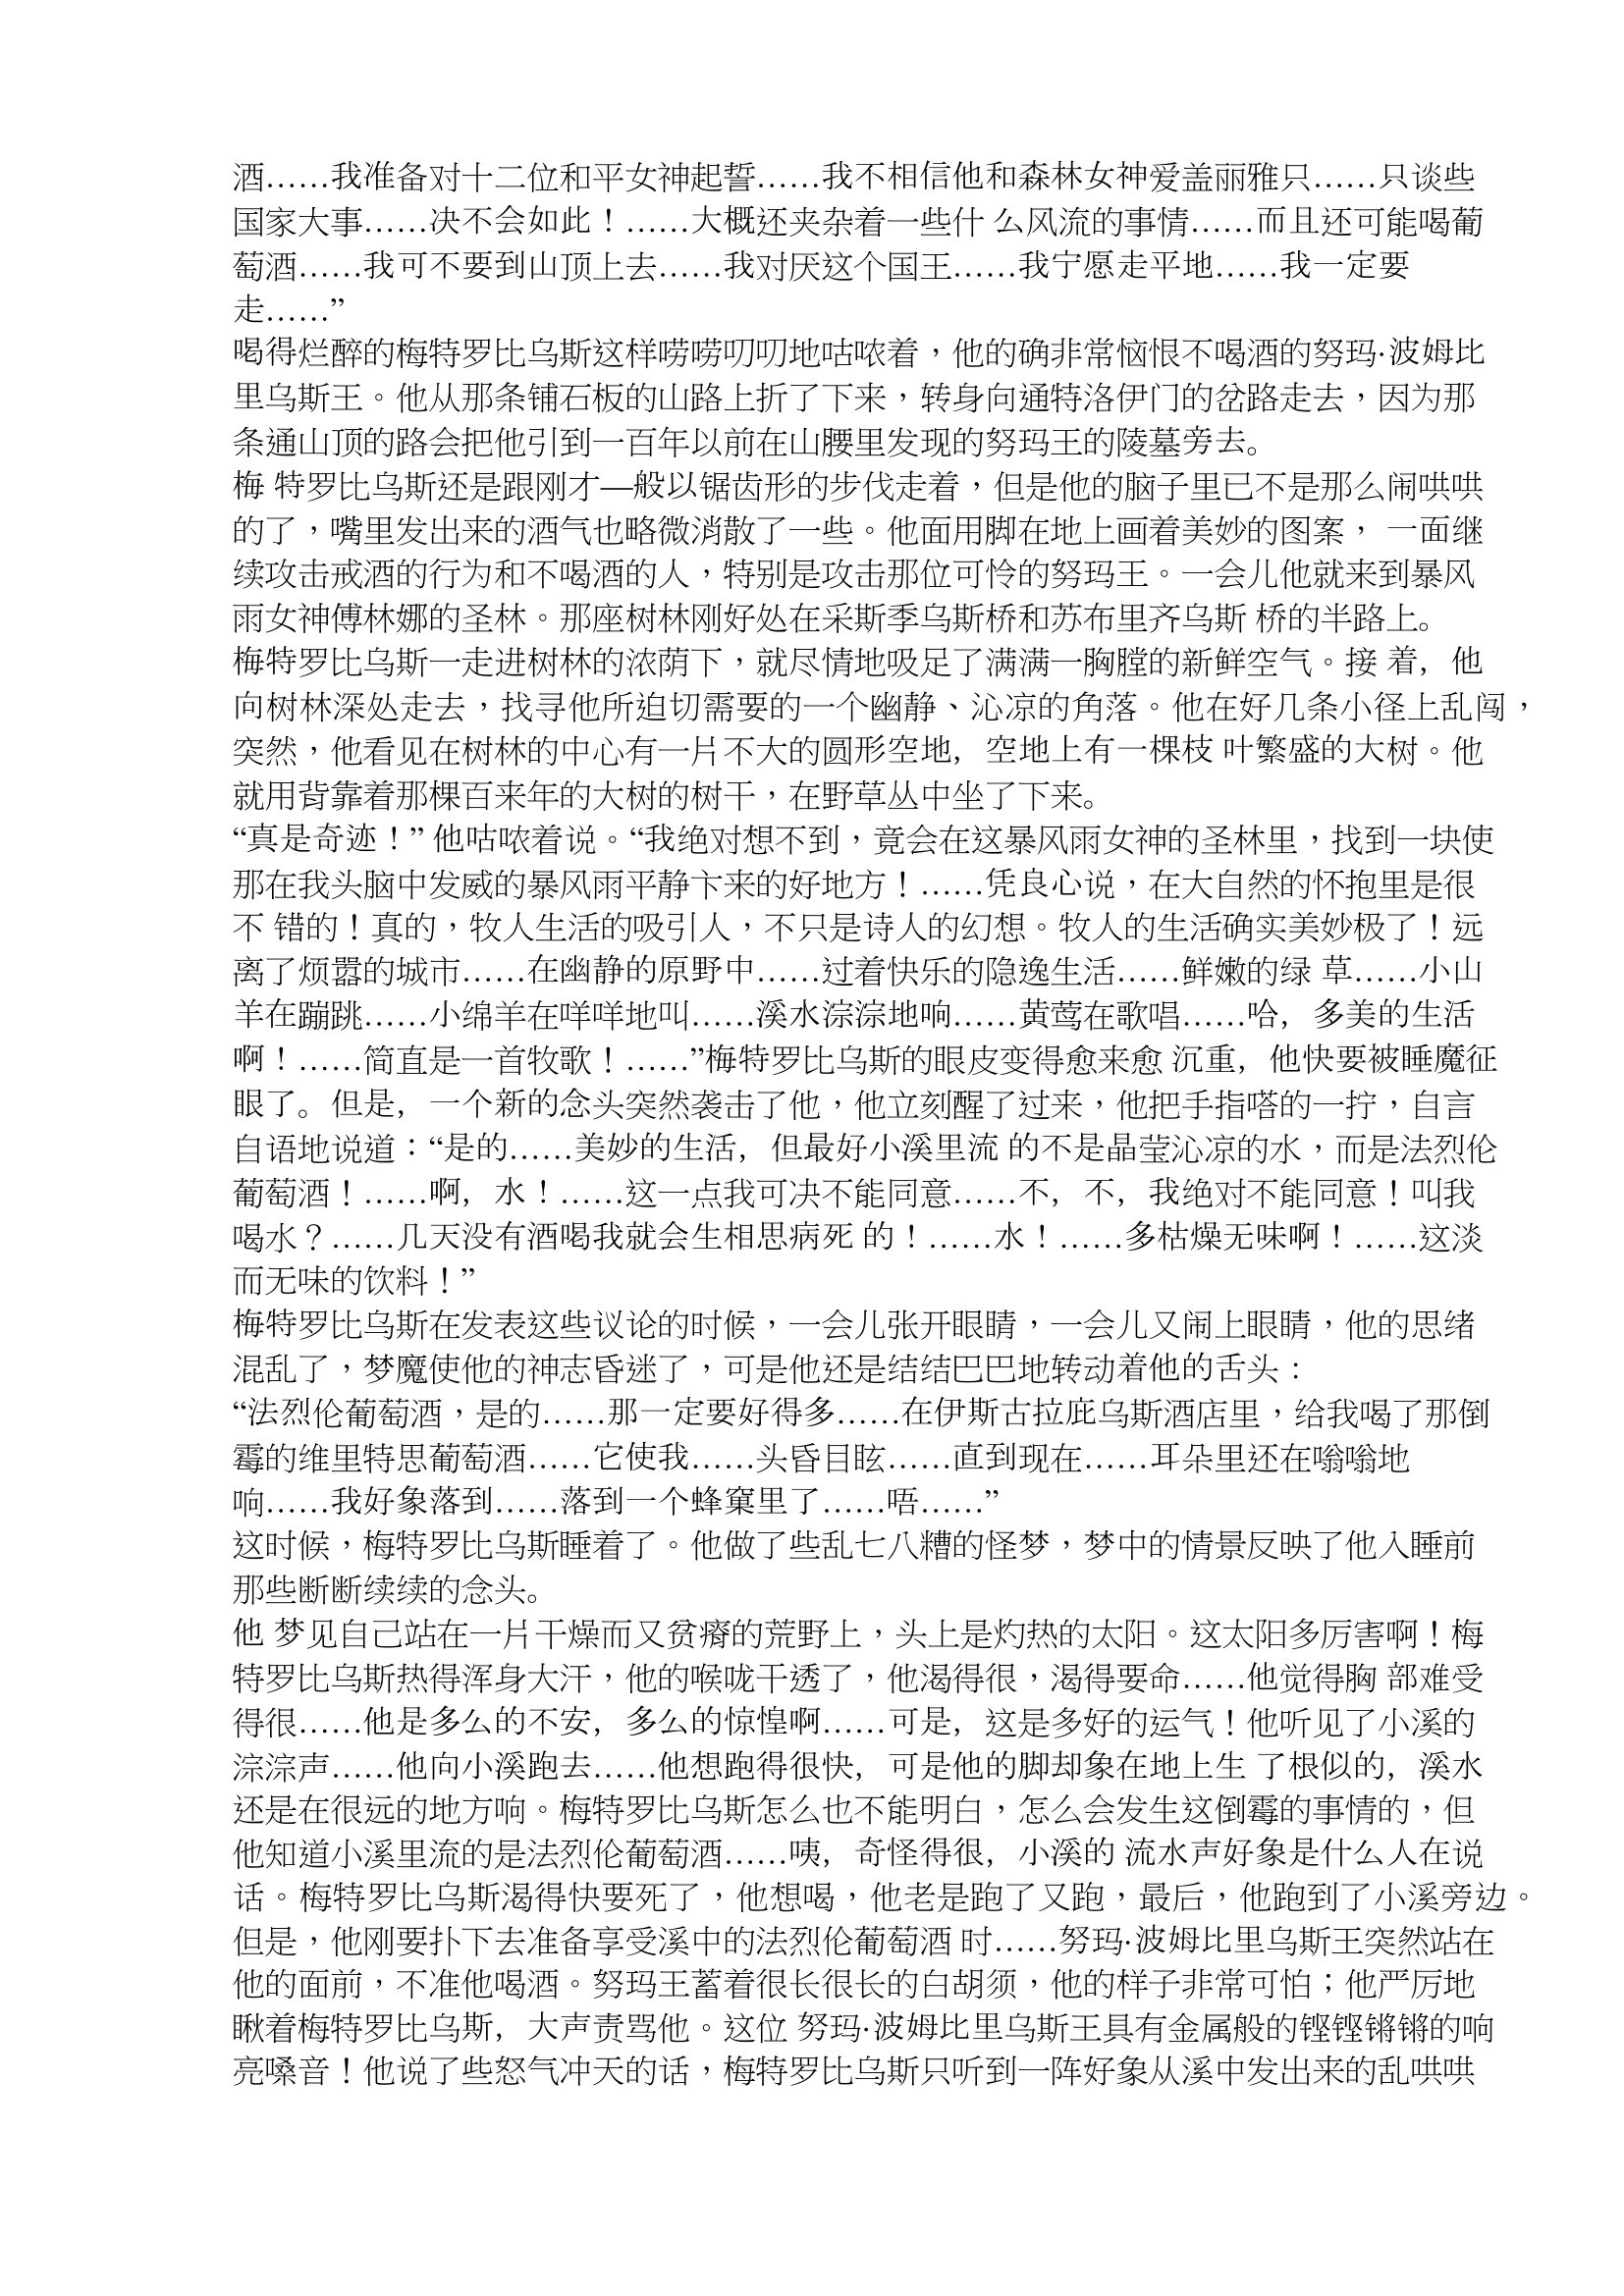
Language: zh